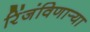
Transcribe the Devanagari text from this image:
रिंजंविणार्‍या